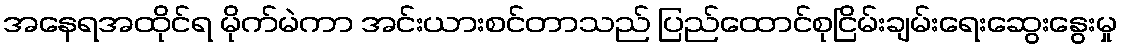
အနေရအထိုင်ရ မိုက်မဲကာ အင်းယားစင်တာသည် ပြည်ထောင်စုငြိမ်းချမ်းရေးဆွေးနွေးမှု